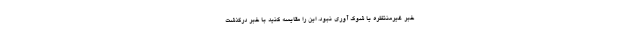
خبر غیرمنتظره یا شوک آوری نبود. این را مقایسه کنید با خبر درگذشت